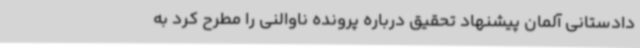
دادستانی آلمان پیشنهاد تحقیق درباره پرونده ناوالنی را مطرح کرد به